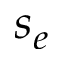
s _ { e }